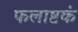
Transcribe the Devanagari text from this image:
फलाष्टकं